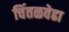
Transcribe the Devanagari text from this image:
चिंतळवेढा